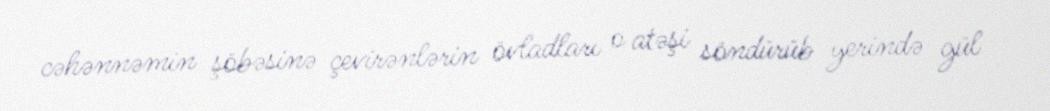
cəhənnəmin şöbəsinə çevirənlərin övladları o atəşi söndürüb yerində gül